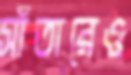
সাঁতারেও